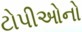
ટોપીઓનો